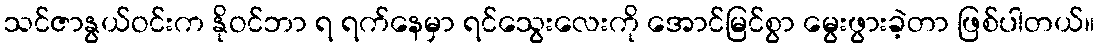
သင်ဇာနွယ်ဝင်းက နိုဝင်ဘာ ရ ရက်နေမှာ ရင်သွေးလေးကို အောင်မြင်စွာ မွေးဖွားခဲ့တာ ဖြစ်ပါတယ်။